Vaccination in Bombay 1924-1928 - 1924-1928
Year: 1924
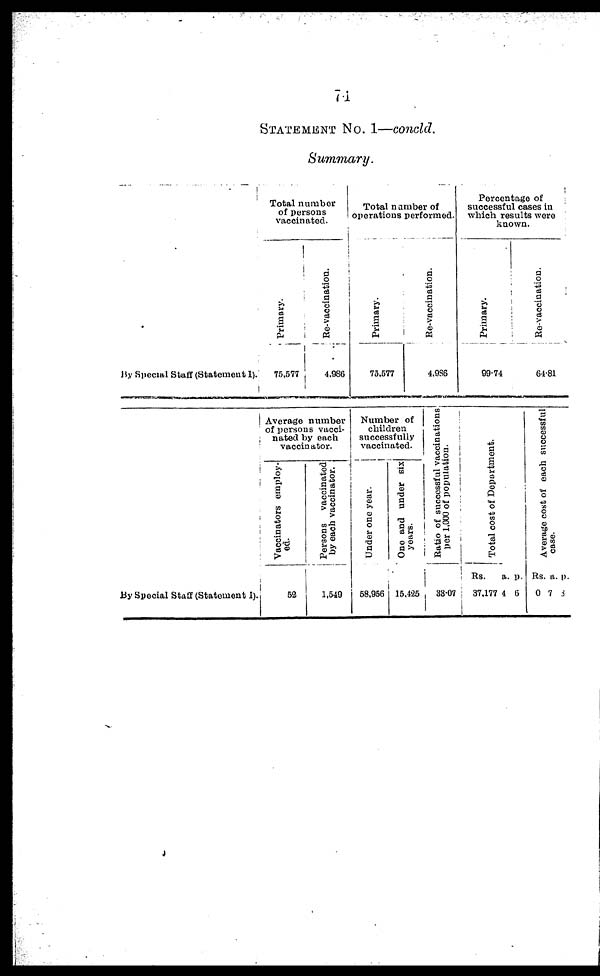
74
STATEMENT NO. 1—concld.
Summary.
By Special Staff (Statement 1).
Total number
of persons
vaccinated.
Primary.
75,577
Re-vaccination.
4,986
Total number of
operations performed.
Primary.
73,577
Re-vaccination.
4,986
Percentage of
successful cases in
which results were
known.
Primary.
99.74
Re-vaccination.
64.81
By Special Staff (Statement I).
Average number
of persons vacci-
nated by each
vaccinator.
Vaccinators employ-
ed.
52
Persons vaccinated
by each vaccinator.
1,549
Number of
children
successfully
vaccinated.
Under one year.
58,956
One and under six
years.
15,425
Ratio of successful vaccinations
per 1,000 of population.
33.07
Total cost of Department.
Rs.
37,177
a.
4
p.
6
Average cost of each successful
case.
Rs.
0
a.
7
p.
3